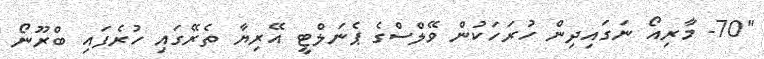
"70- މާރިއޯ ނަގައިދިން ހުރަހަކުން ވޭލްސްގެ ޕެނަލްޓީ އޭރިޔާ ތެރޭގައި ހުރެފައި ބްރޫނޯ